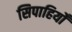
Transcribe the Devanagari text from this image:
सिपाहियोँ